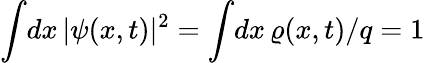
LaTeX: \int\! dx\, |\psi(x,t)|^{2}=\int\! dx\, \varrho({x},t)/q=1